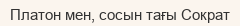
Платон мен, сосын тағы Сократ